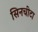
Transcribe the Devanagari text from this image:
सिनचीटा